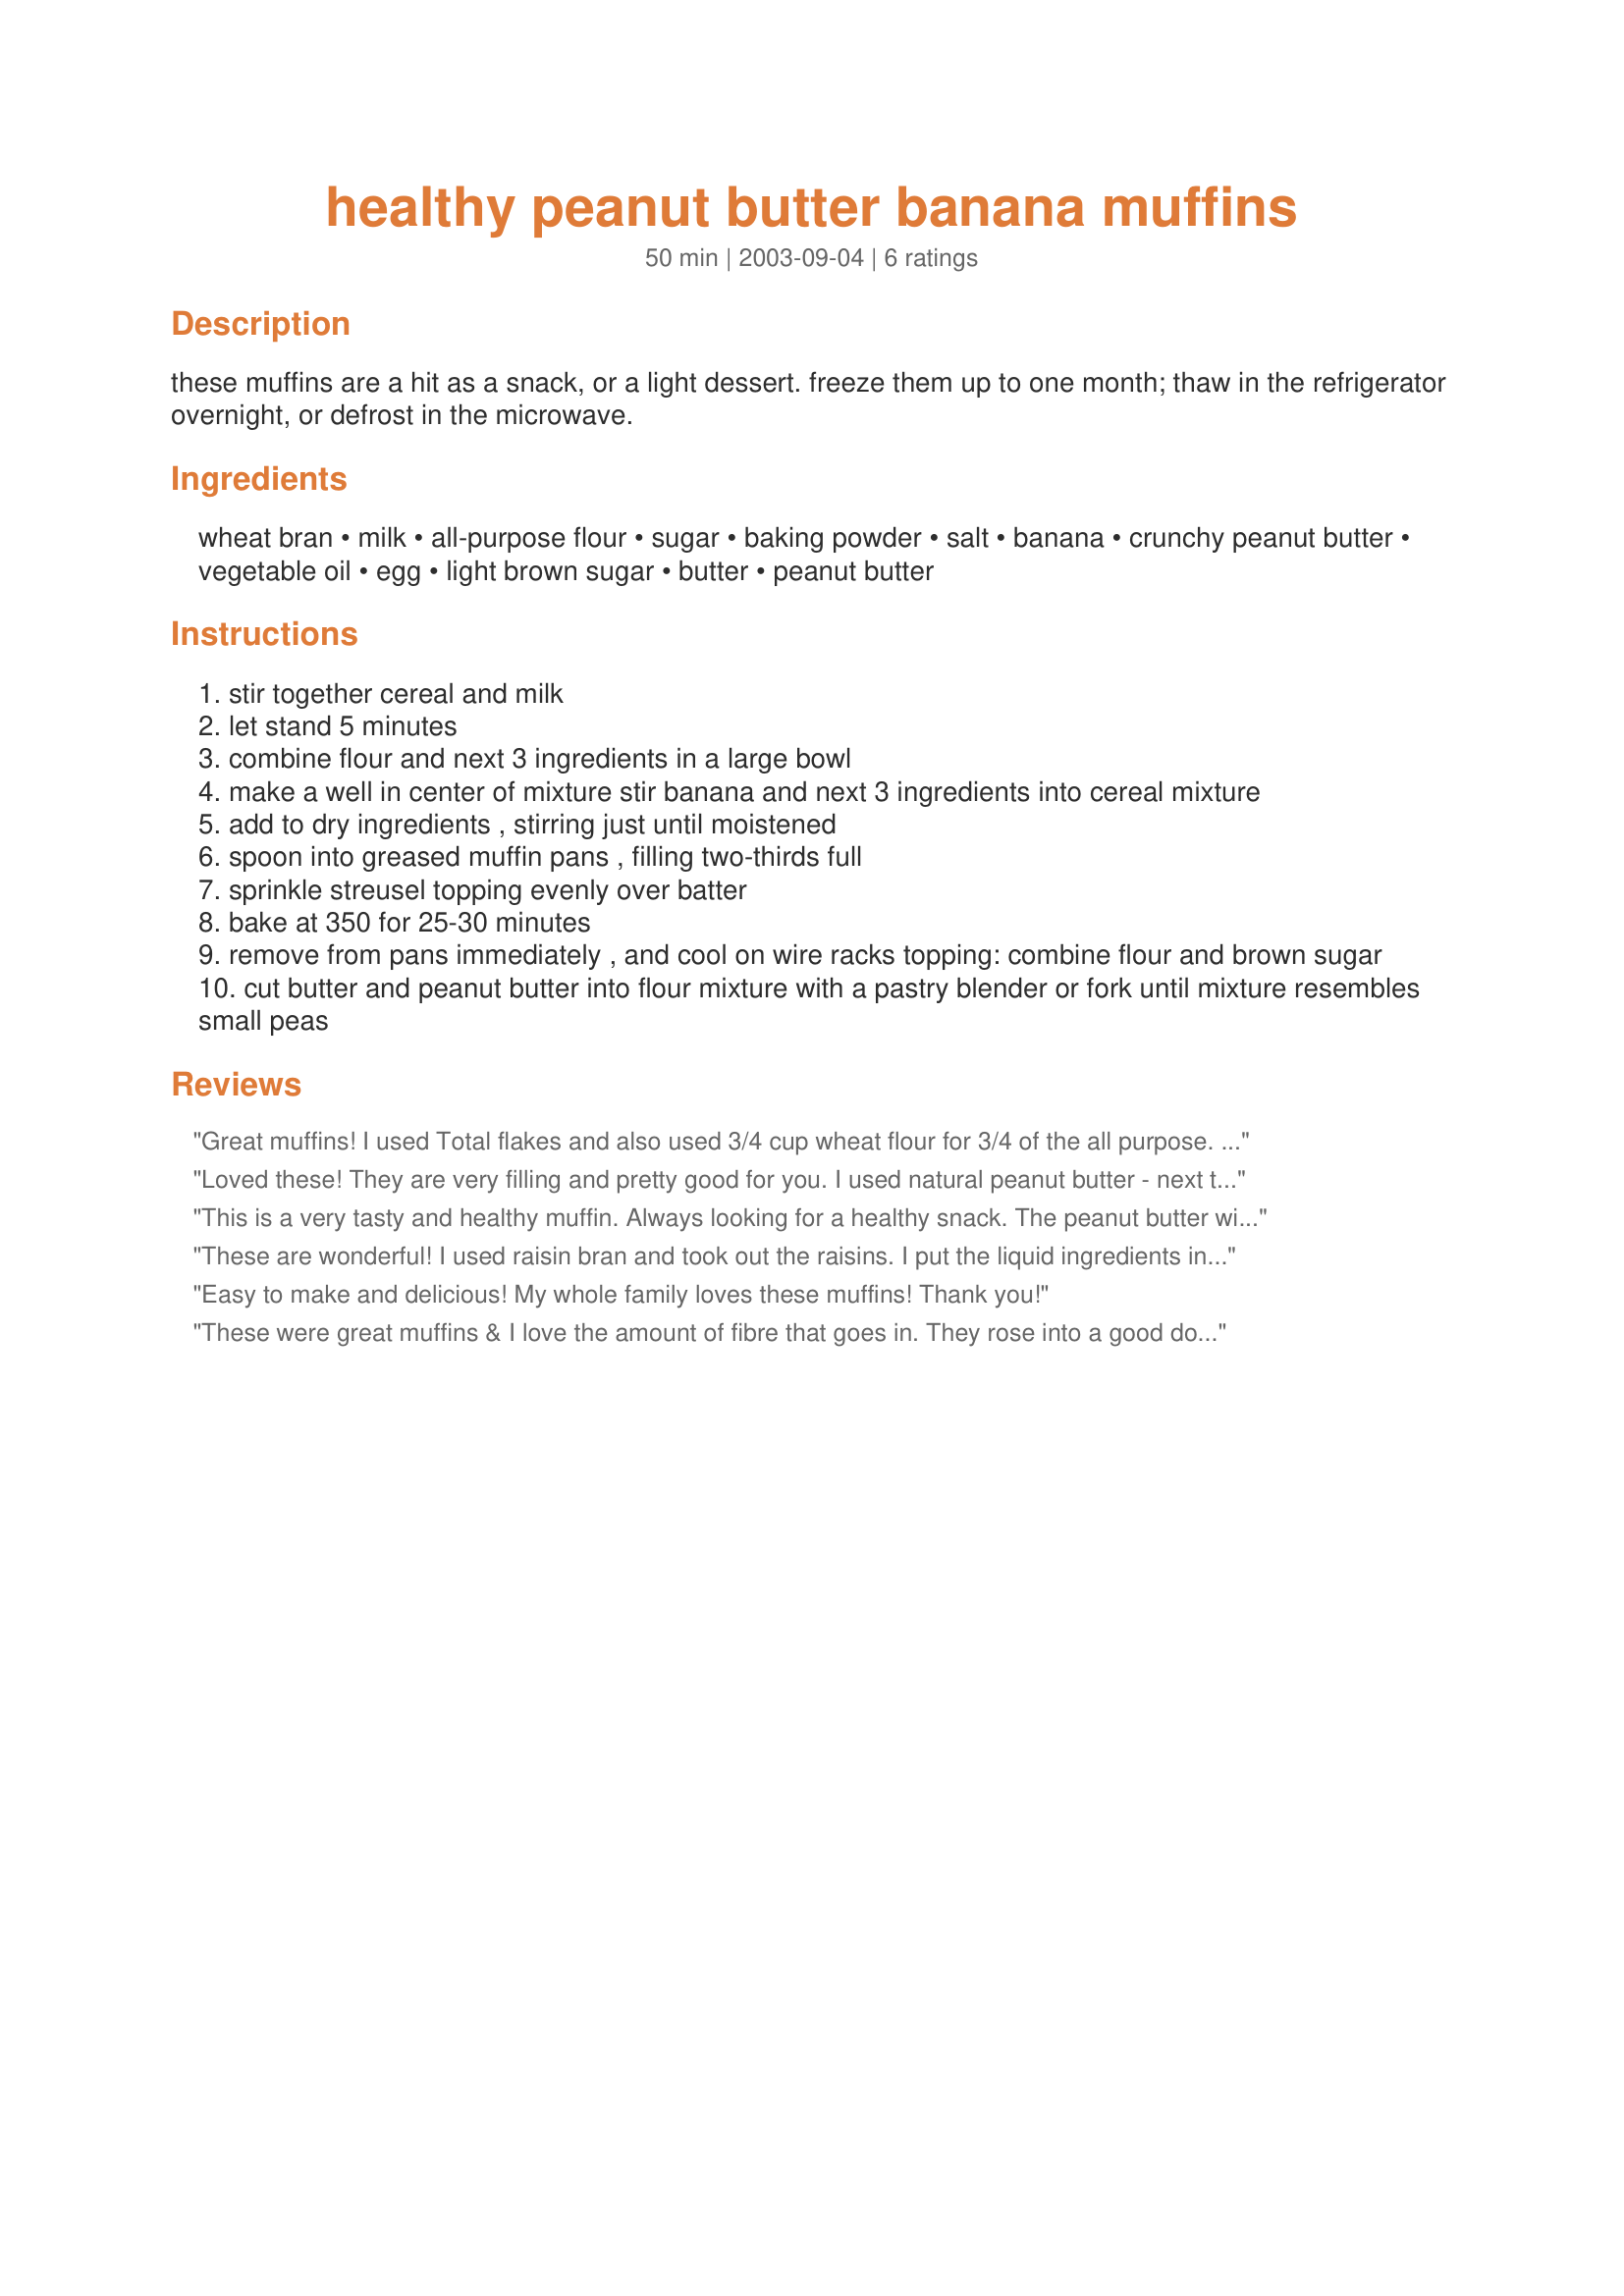
healthy peanut butter banana muffins
Preparation time: 50 minutes

these muffins are a hit as a snack, or a light dessert. freeze them up to one month; thaw in the refrigerator overnight, or defrost in the microwave.

Ingredients:
wheat bran, milk, all-purpose flour, sugar, baking powder, salt, banana, crunchy peanut butter, vegetable oil, egg, light brown sugar, butter, peanut butter

Steps:
stir together cereal and milk
let stand 5 minutes
combine flour and next 3 ingredients in a large bowl
make a well in center of mixture stir banana and next 3 ingredients into cereal mixture
add to dry ingredients , stirring just until moistened
spoon into greased muffin pans , filling two-thirds full
sprinkle streusel topping evenly over batter
bake at 350 for 25-30 minutes
remove from pans immediately , and cool on wire racks topping: combine flour and brown sugar
cut butter and peanut butter into flour mixture with a pastry blender or fork until mixture resembles small peas

Reviews:
Great muffins! I used Total flakes and also used 3/4 cup wheat flour for 3/4 of the all purpose. I might try to use 1/2 splenda next time as well.
Loved these! They are very filling and pretty good for you. I used natural peanut butter - next time I am going to try 1/2 wheat flour & splenda to make them a bit healthier. I put the soaked bran in the food processor, with the PB and banana and other wet ingredients, worked great - nice texture. I also used the suggestion of a sprinkle of mini choc chips on top instead of the topping, and it was perfect. I froze some, and they tasted the same after thawing. FYI They were much better after sitting overnight, I wasn't too thrilled at first, but the next day they were great. I used Kelloggs All Bran.
This is a very tasty and healthy muffin. Always looking for a healthy snack. The peanut butter with the banana makes it extra special. My husband loved them and he doesn't care for banana bread or muffins. This is a keeper!
These are wonderful!
I used raisin bran and took out the raisins.
I put the liquid ingredients including the banana and peanut butter in the blender. I was worried about the bran flakes having a texture that my kids would not eat. They turned out very light like a cake. I made some in the microwave and some in the oven. They both turned out great. These are good with mini chocolate chips on top, warmed with a glass of milk.
I didn't use the topping, they don't really need it.
My 5 year old says its great!
Thanks!
Easy to make and delicious! My whole family loves these muffins! Thank you!
These were great muffins & I love the amount of fibre that goes in. They rose into a good dome shape. I also followed another review's suggestion & put the milk & bran in the blender. I added 1 teaspoon of cinnamon & choc chips - I skipped the topping as well. Thanks for sharing
